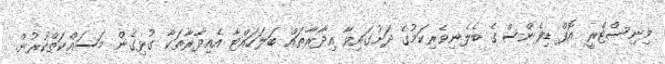
މިނިސްޓްރީ އޮފް ޑިފެންސްގެ ބެލެނިވެރިކަމުގެ ދަށުގައިވާ އިދާރާތައް ބަލަހައްޓާ އެއިދާރާތަކާ ގުޅިގެން މަސައްކަތްކުރުން.